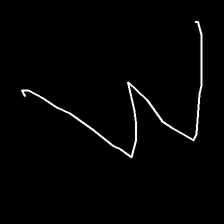
Glyph: crush